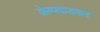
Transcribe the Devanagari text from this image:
केम्पवाडकर